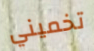
تخميني